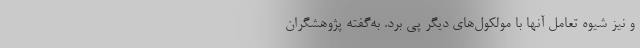
و نیز شیوهٔ تعامل آنها با مولکول‌های دیگر پی برد. به‌گفتهٔ پژوهشگران